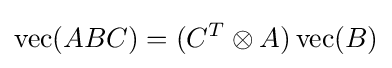
\operatorname {vec} (ABC)=(C^{T}\otimes A)\operatorname {vec} (B)